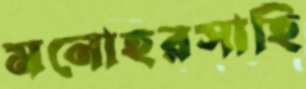
মনোহরসাহি